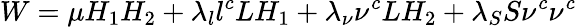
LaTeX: W={\mu}H_{1}H_{2}+{\lambda_{l}}{l^{c}}LH_{1}+{\lambda_{\nu}}{\nu^{c}}LH_{2}+{\lambda_{S}}S\nu^{c}\nu^{c}